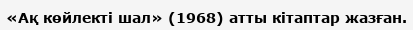
«Ақ көйлекті шал» (1968) атты кітаптар жазған.